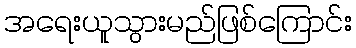
အရေးယူသွားမည်ဖြစ်ကြောင်း